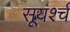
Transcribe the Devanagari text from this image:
सूयर्श्च